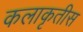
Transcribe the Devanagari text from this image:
कलाकृतीस